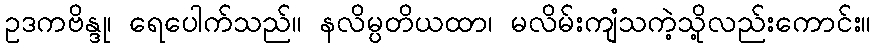
ဥဒကဗိန္ဒု၊ ရေပေါက်သည်။ နလိမ္ပတိယထာ၊ မလိမ်းကျံသကဲ့သို့လည်းကောင်း။